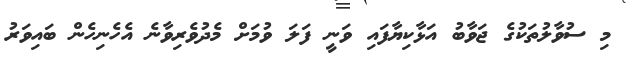
މި ސުވާލުތަކުގެ ޖަވާބު އަޅާކިޔާފައި ވަނީ ފަލަ ވުމަށް މެދުވެރިވާނެ އެހެނިހެން ބައިވަރު